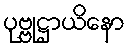
ပုဗ္ဗုဋ္ဌာယိနော